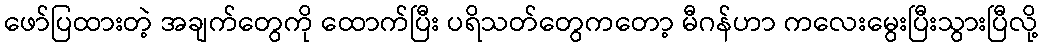
ဖော်ပြထားတဲ့ အချက်တွေကို ထောက်ပြီး ပရိသတ်တွေကတော့ မီဂန်ဟာ ကလေးမွေးပြီးသွားပြီလို့